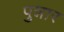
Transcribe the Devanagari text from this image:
पुन्नार